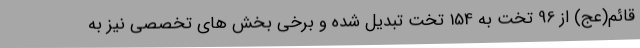
قائم(عج) از 96 تخت به 154 تخت تبدیل شده و برخی بخش های تخصصی نیز به